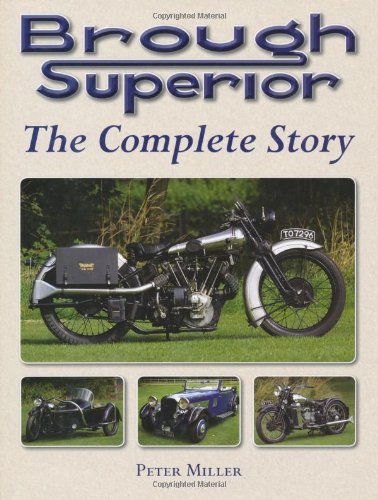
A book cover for Brough Superior: The Complete Story; Peter Miller; Arts & Photography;